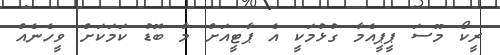
ރީކޯ މޫސަ ޕީޕީއެމާ ގުޅުމަކީ އެ ޕާޓީއަށް މާ ބޮޑު ކަމަކަށް ވީހެނެއް